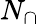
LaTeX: N_{\cap}